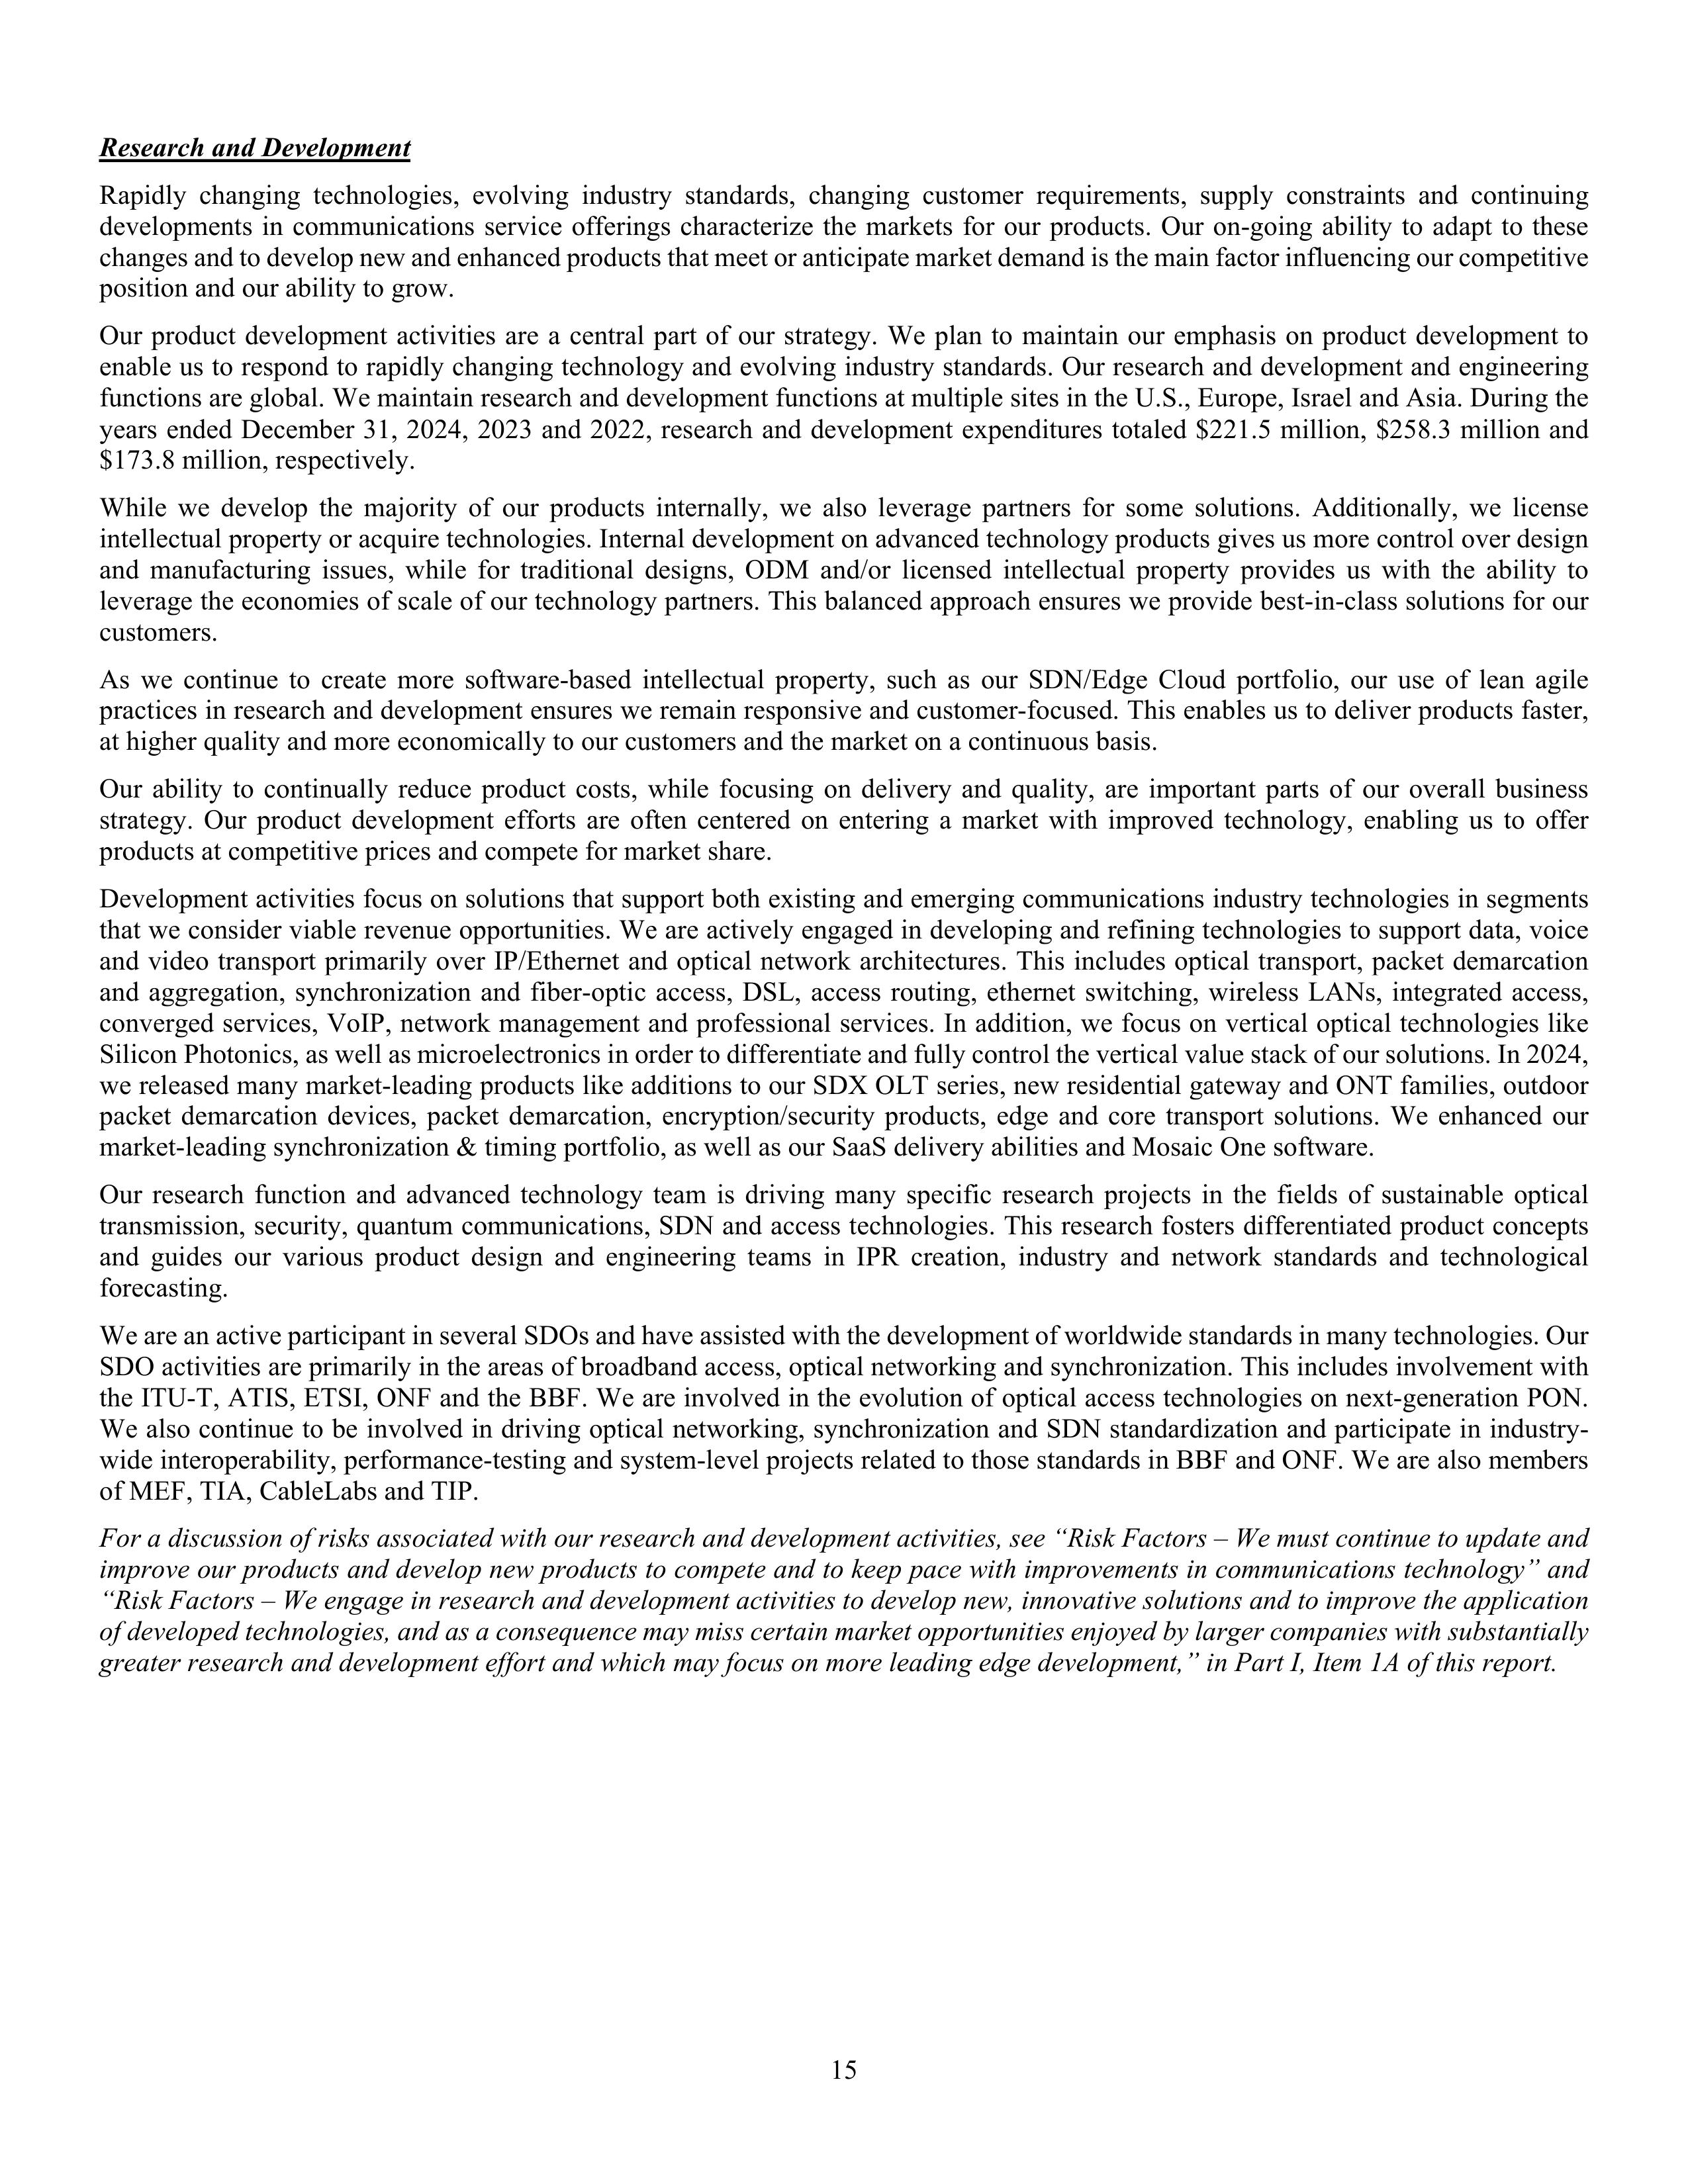
Research and Development

Rapidly changing technologies, evolving industry standards, changing customer requirements, supply constraints and continuing
developments in communications service offerings characterize the markets for our products. Our on-going ability to adapt to these
changes and to develop new and enhanced products that meet or anticipate market demand is the main factor influencing our competitive
position and our ability to grow.

Our product development activities are a central part of our strategy. We plan to maintain our emphasis on product development to
enable us to respond to rapidly changing technology and evolving industry standards. Our research and development and engineering
functions are global. We maintain research and development functions at multiple sites in the U.S., Europe, Israel and Asia. During the
years ended December 31, 2024, 2023 and 2022, research and development expenditures totaled $221.5 million, $258.3 million and
$173.8 million, respectively.

While we develop the majority of our products internally, we also leverage partners for some solutions. Additionally, we license
intellectual property or acquire technologies. Internal development on advanced technology products gives us more control over design
and manufacturing issues, while for traditional designs, ODM and/or licensed intellectual property provides us with the ability to
leverage the economies of scale of our technology partners. This balanced approach ensures we provide best-in-class solutions for our
customers.

As we continue to create more software-based intellectual property, such as our SDN/Edge Cloud portfolio, our use of lean agile
practices in research and development ensures we remain responsive and customer-focused. This enables us to deliver products faster,
at higher quality and more economically to our customers and the market on a continuous basis.

Our ability to continually reduce product costs, while focusing on delivery and quality, are important parts of our overall business
strategy. Our product development efforts are often centered on entering a market with improved technology, enabling us to offer
products at competitive prices and compete for market share.

Development activities focus on solutions that support both existing and emerging communications industry technologies in segments
that we consider viable revenue opportunities. We are actively engaged in developing and refining technologies to support data, voice
and video transport primarily over IP/Ethernet and optical network architectures. This includes optical transport, packet demarcation
and aggregation, synchronization and fiber-optic access, DSL, access routing, ethernet switching, wireless LANs, integrated access,
converged services, VoIP, network management and professional services. In addition, we focus on vertical optical technologies like
Silicon Photonics, as well as microelectronics in order to differentiate and fully control the vertical value stack of our solutions. In 2024,
we released many market-leading products like additions to our SDX OLT series, new residential gateway and ONT families, outdoor
packet demarcation devices, packet demarcation, encryption/security products, edge and core transport solutions. We enhanced our
market-leading synchronization & timing portfolio, as well as our SaaS delivery abilities and Mosaic One software.

Our research function and advanced technology team is driving many specific research projects in the fields of sustainable optical
transmission, security, quantum communications, SDN and access technologies. This research fosters differentiated product concepts
and guides our various product design and engineering teams in IPR creation, industry and network standards and technological
forecasting.

We are an active participant in several SDOs and have assisted with the development of worldwide standards in many technologies. Our
SDO activities are primarily in the areas of broadband access, optical networking and synchronization. This includes involvement with
the ITU-T, ATIS, ETSI, ONF and the BBF. We are involved in the evolution of optical access technologies on next-generation PON.
We also continue to be involved in driving optical networking, synchronization and SDN standardization and participate in industry-
wide interoperability, performance-testing and system-level projects related to those standards in BBF and ONF. We are also members
of MEF, TIA, CableLabs and TIP.

For a discussion of risks associated with our research and development activities, see “Risk Factors – We must continue to update and
improve our products and develop new products to compete and to keep pace with improvements in communications technology” and
“Risk Factors – We engage in research and development activities to develop new, innovative solutions and to improve the application
of developed technologies, and as a consequence may miss certain market opportunities enjoyed by larger companies with substantially
greater research and development effort and which may focus on more leading edge development,” in Part I, Item 1A of this report.

15